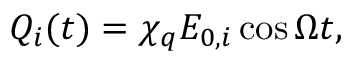
Q _ { i } ( t ) = \chi _ { q } E _ { 0 , i } \cos \Omega t ,